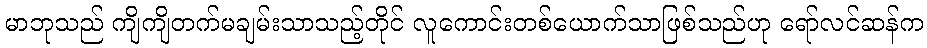
မာဘုသည် ကျိကျိတက်မချမ်းသာသည့်တိုင် လူကောင်းတစ်ယောက်သာဖြစ်သည်ဟု ရော်လင်ဆန်က